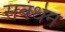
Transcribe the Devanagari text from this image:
सवंर्धन